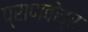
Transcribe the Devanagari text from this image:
प्राणकेंद्र